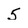
Character: 5